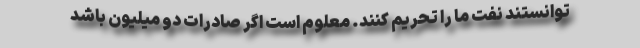
توانستند نفت ما را تحریم کنند. معلوم است اگر صادرات دو میلیون باشد